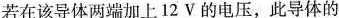
若在该导体两端加上12V的电压，此导体的